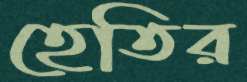
হেতির